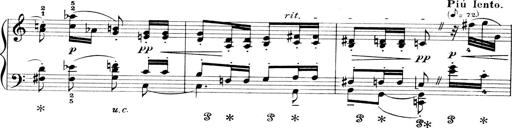
Title: 4 Sonatines
Composer: Max Reger